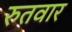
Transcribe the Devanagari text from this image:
रुतवार